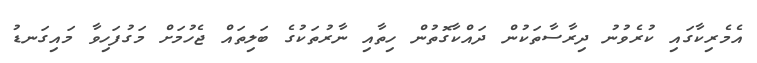
އެމެރިކާގައި ކުރެވުނު ދިރާސާތަކުން ދައްކާގޮތުން ހިތާއި ނާރުތަކުގެ ބަލިތައް ޖެހުމަށް މަގުފަހިވާ މައިގަނޑު